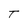
Character: T